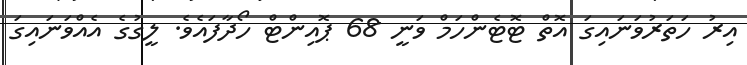
އިރު ހަތަރުވަނައިގަ އޮތް ޓޮޓެންހަމް ވަނީ 68 ޕޮއިންޓް ހޯދާފައެވެ. ލީގުގެ އެއްވަނައިގަ